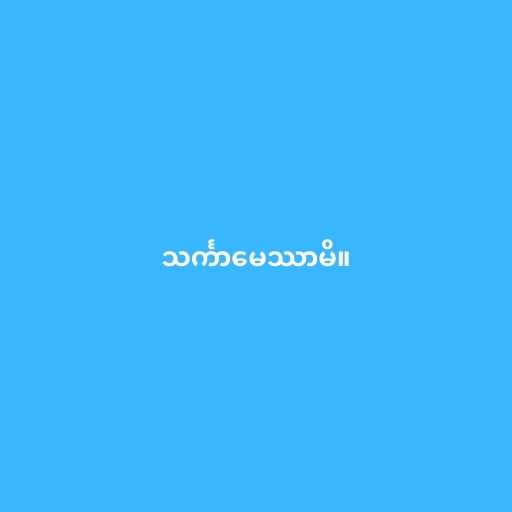
သင်္ကာမေဿာမိ။